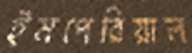
ইমপেরিয়াল